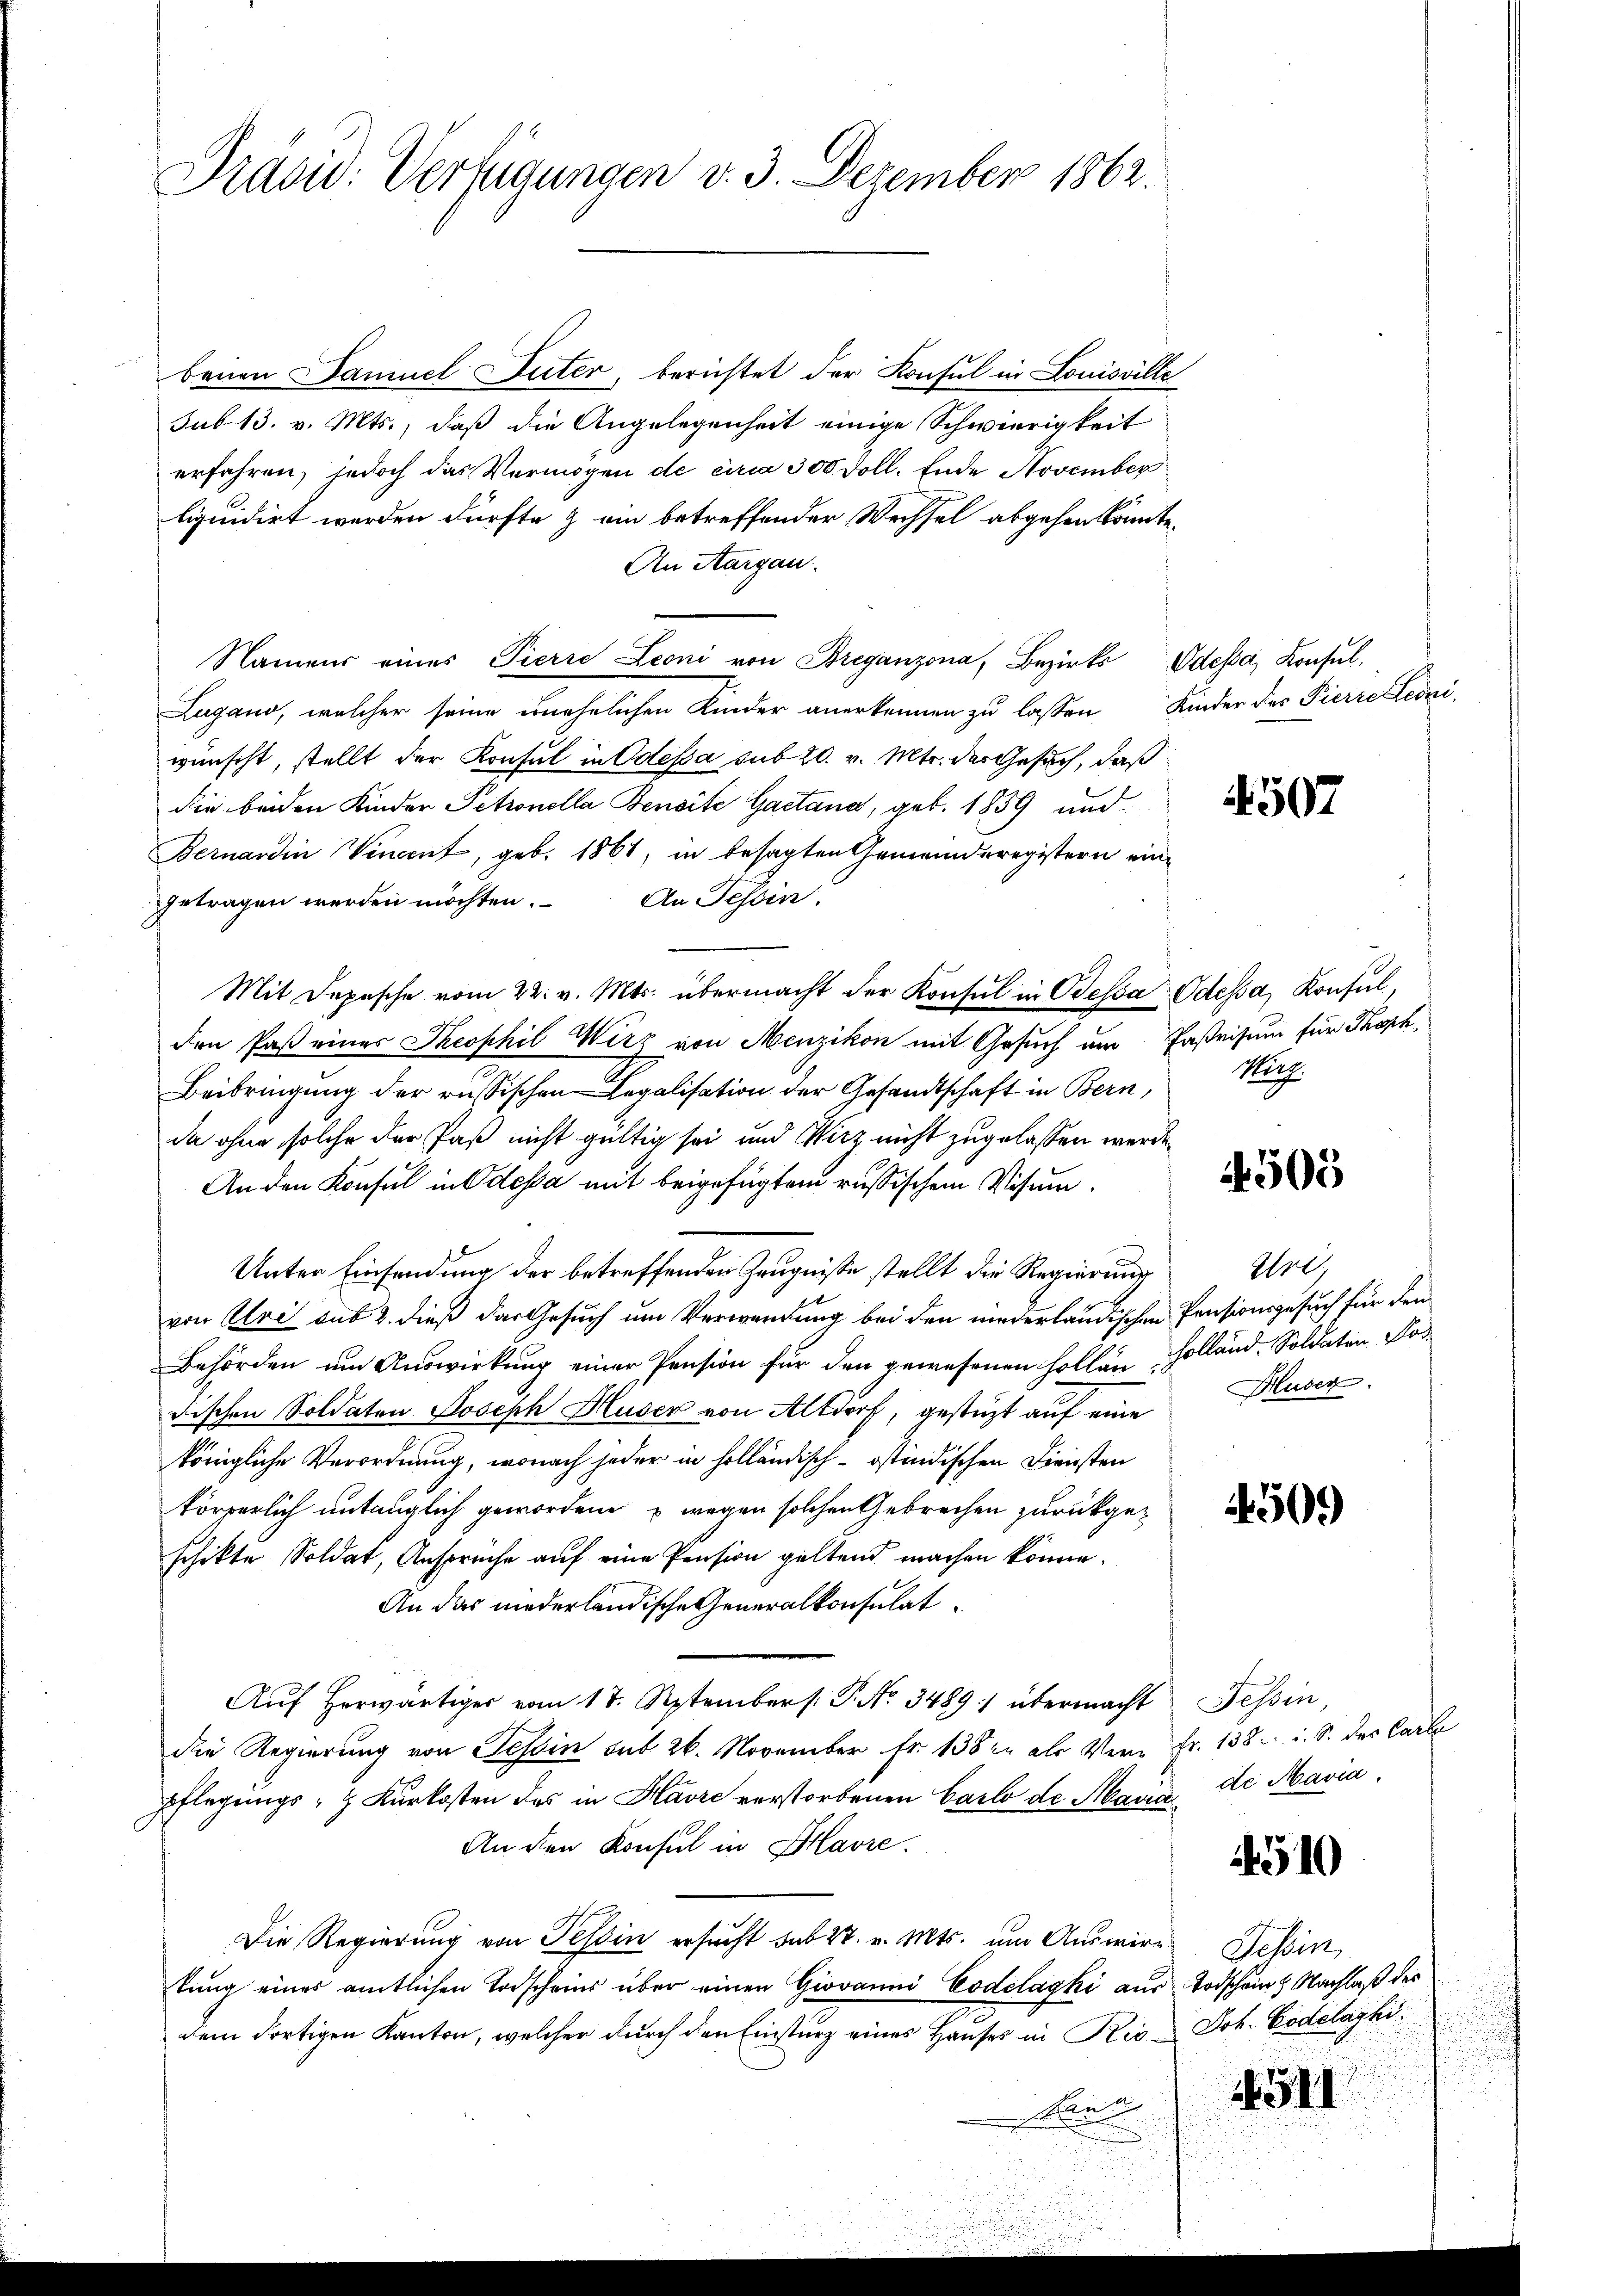
Präsid. Verfügungen v. 3. Dezember 1862.

benen Samuel Suter, berichtet der Konsul in Louisville
sub 13. v. Mts., daß die Angelegenheit einige Schwierigkeit
erfahren, jedoch das Vermögen de circa 300 Doll. Ende November
liquidirt werden dürfte & ein betreffender Wechsel abgehen könnte.
An Aargau.
Namens eines Pierre Leoni von Breganzona, Bezirks Odessa, Konsul,
Lugano, welcher seine unehrlichen Kinder anerkennen zu lassen Kinder des Fierre lediwünscht, stellt der Konsul in Odessa sub 20. v. Mts. der Gesuch, daß
die beiden Kinder Petronella Benoite Gactana, geb. 1859 und
Bernardin Vincent, geb. 1861, in besagten Gemeinderegistern eingetragen werden möchten. An Tessin.
Mit Depesche vom 22. v. Mts. übermacht der Konsul in Bessa Odessa, Konsul,
den Paß eines Theophil Wirz von Menzikon mit Gesuch um Paßeisum für Thorh
Beibringung der russischen Legalisation der Gesandtschaft in Bern,
da ohne solche der Paß nicht gültig sei und Wirz nicht zugelassen werde.
An den Konsul in Odessa mit beigefügtem russischem Visum¬
Unter Einsendung der betreffenden Zeugnisse stellt die Regierung
von Uri aus 2. dieß das Gesuch um Verwendung bei den niederländischen Pensionsgesuch für den
Behörden um Auswirkung einer Pension für den gewesenen Hollän Holländ. Soldaten Pos
Fischen Soldaten Joseph Huser von Altdorf, gestüzt auf eine
königliche Verordnung, wonach jeder in holländisch-östindischen Diensten
körperlich untauglich gewordene wegen solchen Gebrechen zurückgeschikte Soldat, Ansprüche auf eine Pension geltend machen könne.
An das niederländische Generalkonsulat
Aŭf herwärtiger vom 17. September. P. Nr. 3489. übermacht Tessin,
die Regierung von Tessin sub 26. November Fr. 1382 als Verr Fr. 138. i. S. des Carlo
pflegungs- & Kurkosten des in Havre verstorbenen Carlo de Maria
An den Konsul in Havre.
Die Regierung von Tessin ersucht sub 27. v. Mts. um Auswir Tessin,
tŭng eines amtlichen Torscheins über einen Giovanni Codelagki aus Todschein & Nachlaß des
dem dortigen Kanton, welcher durch den Einsturz eines Hauses in Rio Joh. Codelaghi
sant

4507

Murz

4500

Wri
Hluser.

4509

de Mavia.

4510

1511